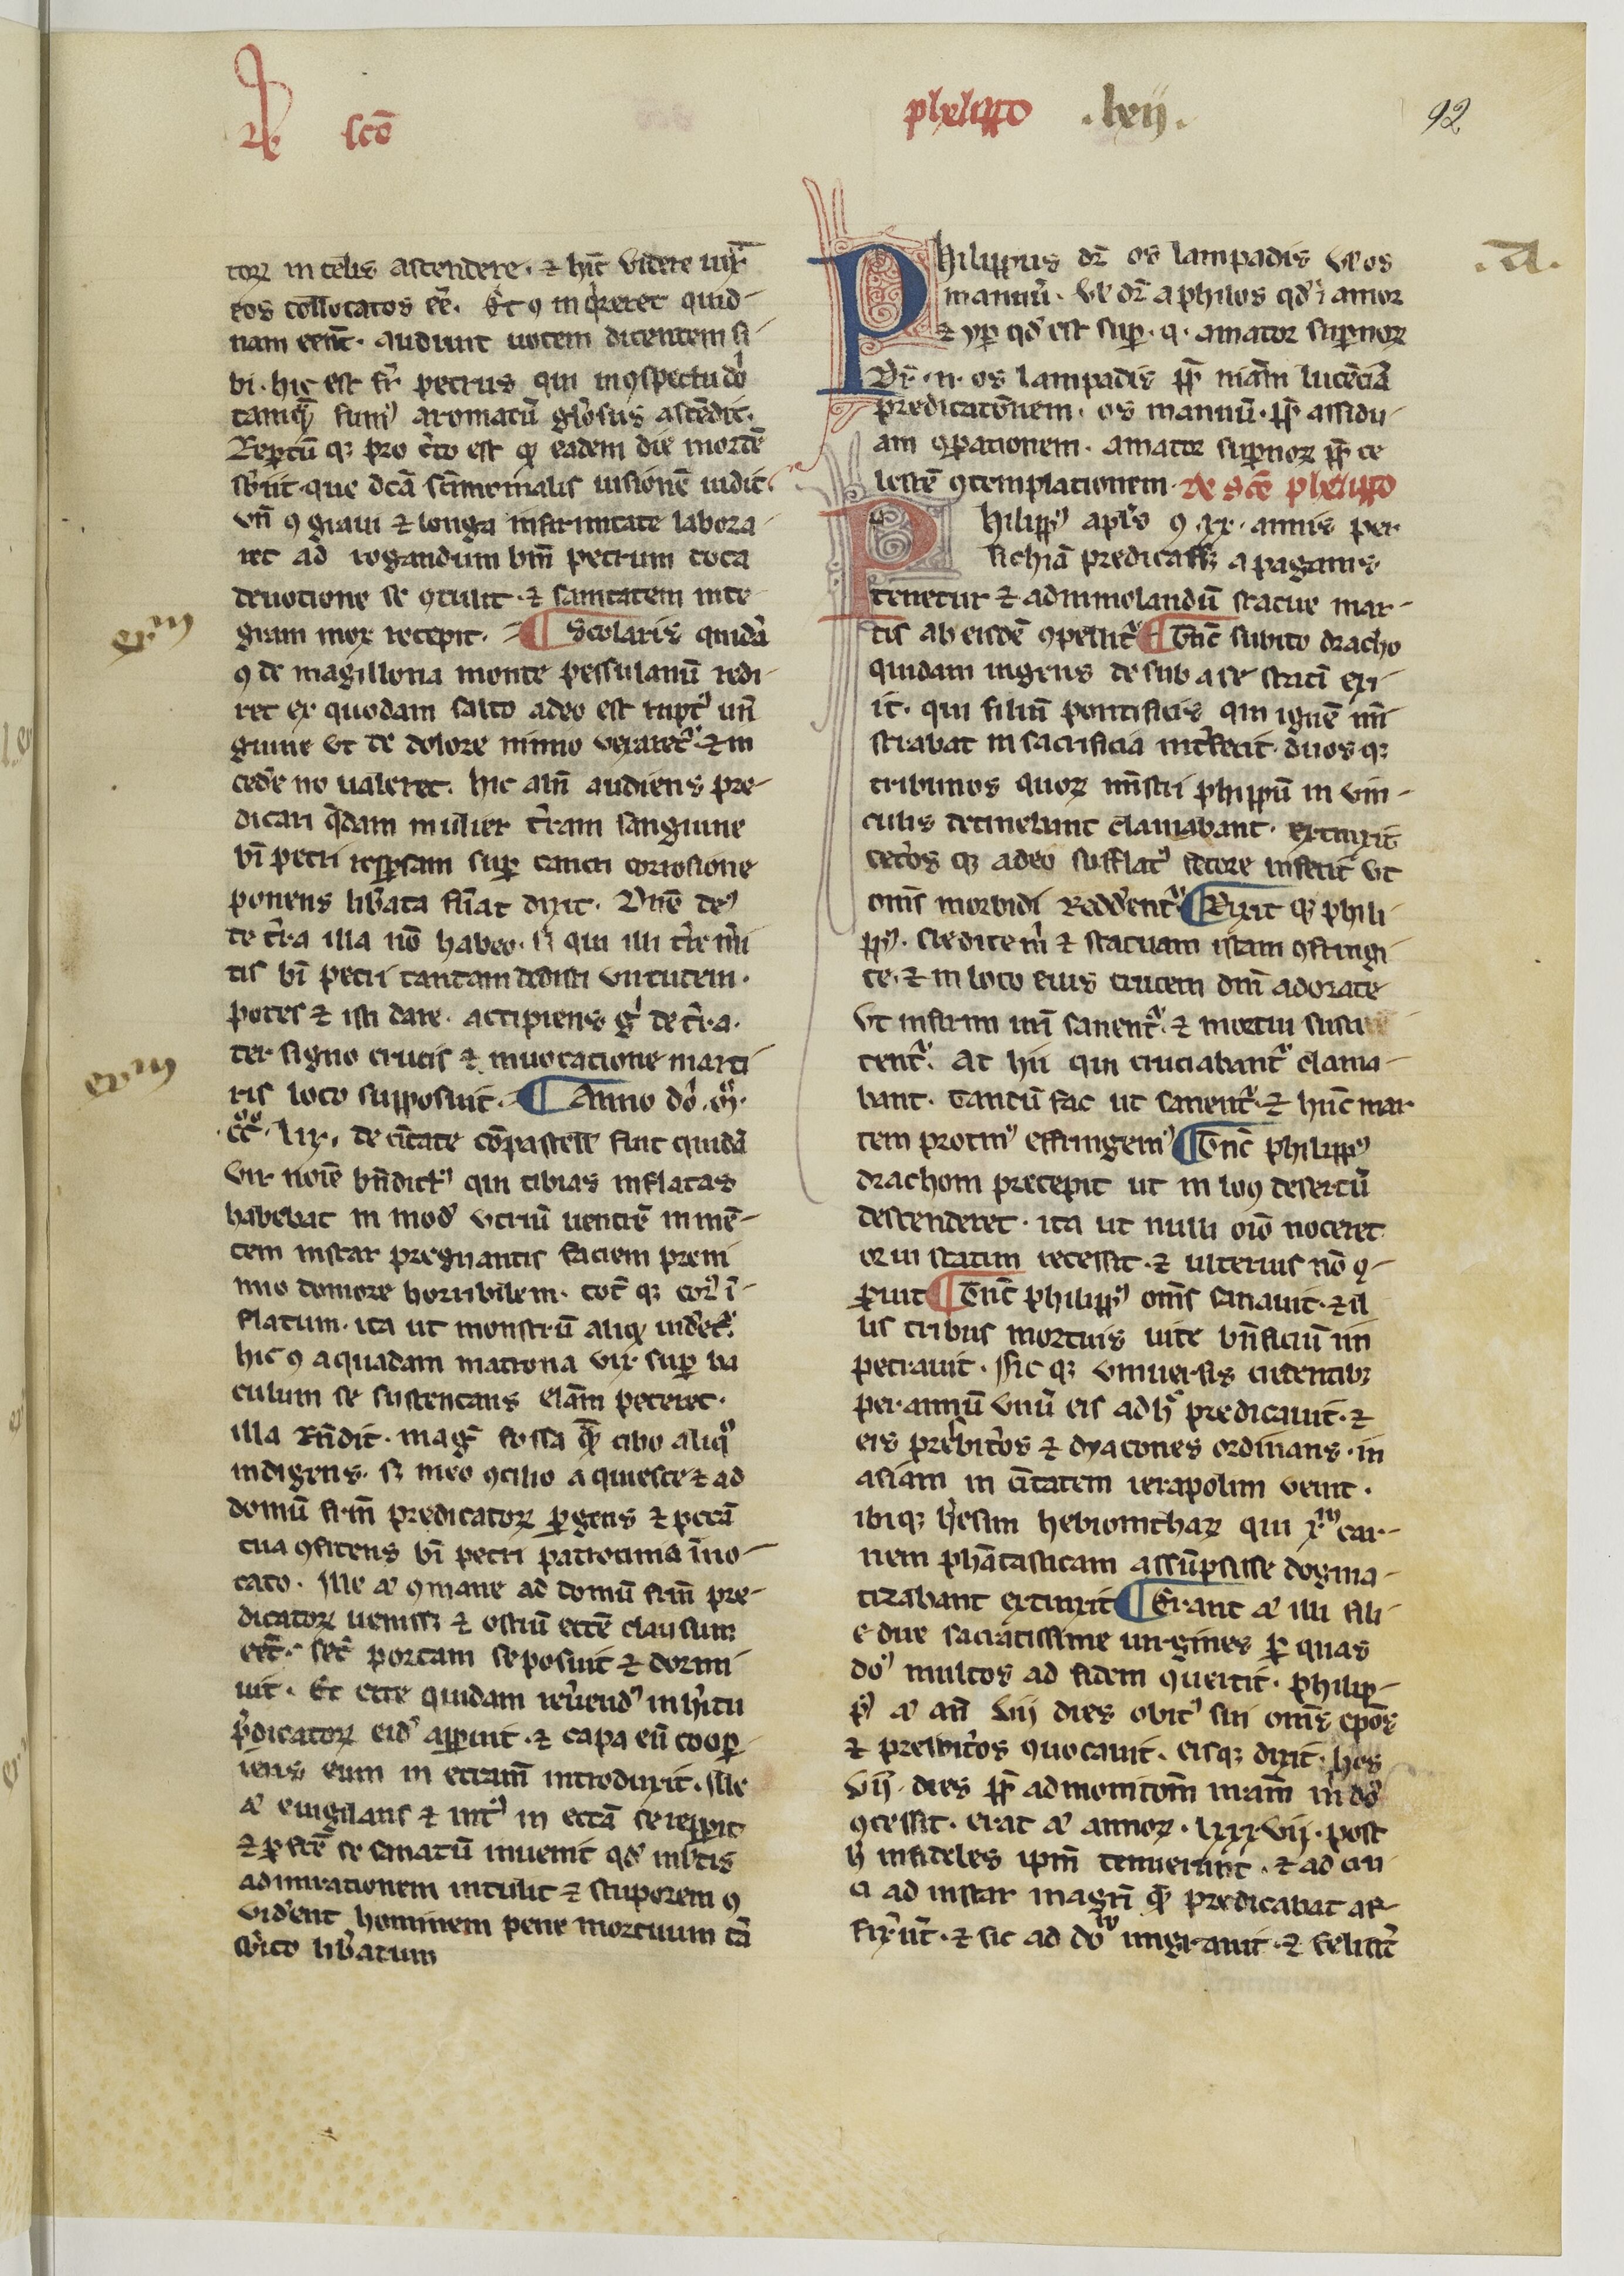
Shelfmark: Paris, BnF, NAL 775
Century: 14